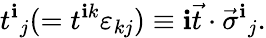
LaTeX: t^{\mathbf{i}}{}_{j}(=t^{\mathbf{i}k}\varepsilon_{kj})\equiv\mathbf{i}\vec{{t}}\cdot\vec{{\sigma}}^{\mathbf{i}}{}_{j}.